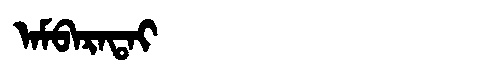
Manchu: ᠠᠮᠪᠠᡵᠠᡨᠠᡳ
Romanization: AMBARATAI